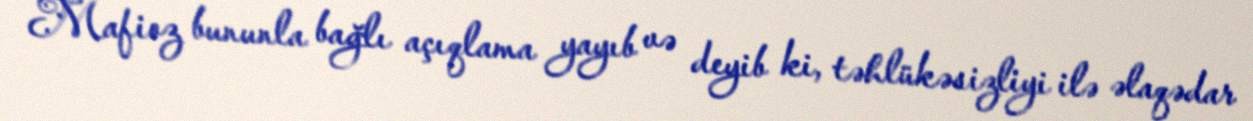
Mafioz bununla bağlı açıqlama yayıb və deyib ki, təhlükəsizliyi ilə əlaqədar